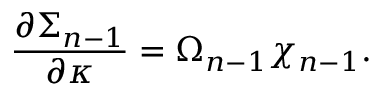
{ \frac { \partial \Sigma _ { n - 1 } } { \partial \kappa } } = \Omega _ { n - 1 } \chi _ { n - 1 } .